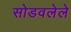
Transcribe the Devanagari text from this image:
सोडवलेले